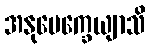
အနုပေက္ခေယျာသိ